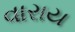
વારાય